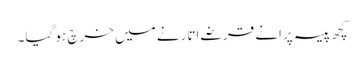
کچھ پیسہ پرانے قرضے اتارنے میں خرچ ہو گیا۔